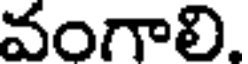
వంగాలి.